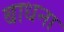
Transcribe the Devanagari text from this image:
बाधना